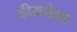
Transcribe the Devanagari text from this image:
वीसपेक्षा